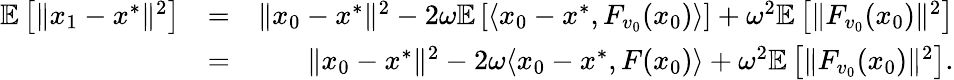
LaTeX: \begin{array}{rlr}{\mathbb{E}\left[\| x_{1}-x^{*}\| ^{2}\right]}&{=}&{\| x_{0}-x^{*}\| ^{2}-2\omega\mathbb{E}\left[\langle x_{0}-x^{*},F_{v_{0}}(x_{0})\rangle\right]+\omega^{2}\mathbb{E}\left[\| F_{v_{0}}(x_{0})\| ^{2}\right]}\\ &{=}&{\| x_{0}-x^{*}\| ^{2}-2\omega\langle x_{0}-x^{*},F(x_{0})\rangle+\omega^{2}\mathbb{E}\left[\| F_{v_{0}}(x_{0})\| ^{2}\right].}\end{array}